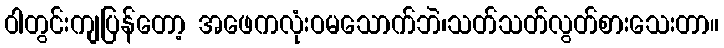
ဝါတွင်းကျပြန်တော့ အဖေကလုံးဝမသောက်ဘဲ၊သတ်သတ်လွတ်စားသေးတာ။